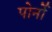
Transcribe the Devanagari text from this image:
पोर्नो